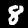
Label: 8